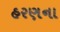
હરણના